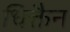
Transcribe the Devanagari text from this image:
धिक्तैन